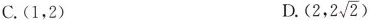
C.（1,2） D.（2，2\sqrt{2}）